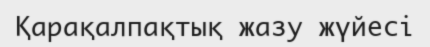
Қарақалпақтық жазу жүйесі